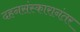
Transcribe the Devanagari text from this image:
दहनसंस्कारानंतर